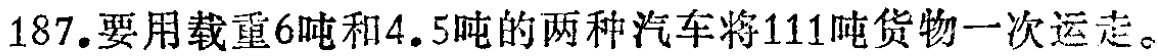
187.要用载重6吨和4.5吨的两种汽车将111吨货物一次运走。